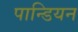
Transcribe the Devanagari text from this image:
पान्डियन